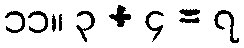
၁၁။ ၃ + ၄ = ၇